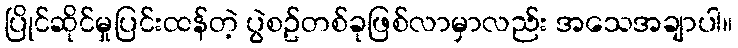
ပြိုင်ဆိုင်မှုပြင်းထန်တဲ့ ပွဲစဥ်တစ်ခုဖြစ်လာမှာလည်း အသေအချာပါ။